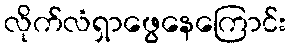
လိုက်လံရှာဖွေနေကြောင်း